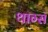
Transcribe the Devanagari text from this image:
थाग्स